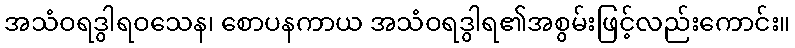
အသံဝရဒွါရဝသေန၊ စောပနကာယ အသံဝရဒွါရ၏အစွမ်းဖြင့်လည်းကောင်း။